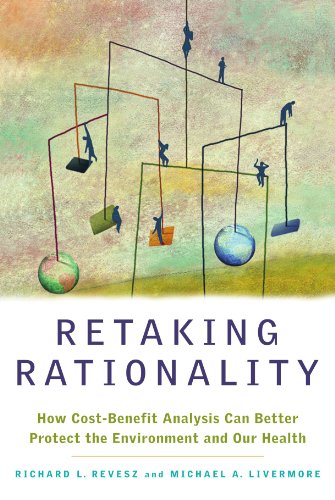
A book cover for Retaking Rationality: How Cost-Benefit Analysis Can Better Protect the Environment and Our Health; Richard L. Revesz; Law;